Vaccination United Provinces of Agra and Oudh 1902-1913 - 1902-1913
Year: 1902
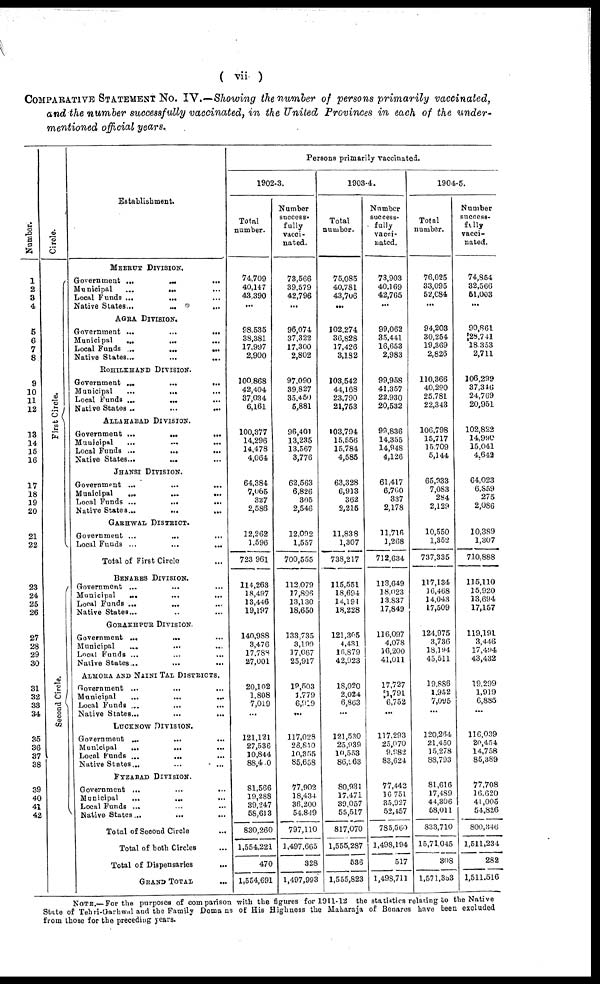
COMPARATIVE STATEMENT No. IV.—Showing the number of persons primarily vaccinated,
and the number successfully vaccinated, in the United Provinces in each of the under¬
mentioned official years.
Number.
1
2
3
4
5
6
7
8
9
10
11
12
13
14
15
16
17
18
19
20
21
22
23
24
25
26
27
28
29
30
31
32
33
34
35
36
37
38
39
40
41
42
Circle.
Fi rst Ci r cl e.
Second Circle.
Establishment.
MEERUT DIVISION.
Government ...
...
...
Municipal
...
... ...
Local Funds ...
... ...
Native States ...
... ...
AGRA DIVISION.
Government ...
...
...
Municipal
...
... ...
Local Funds ...
...
...
Native States ... ... ...
ROHILKHAND DIVISION.
Government ...
...
...
Municipal
...
... ...
Local Funds ...
...
...
Native States
...
...
...
ALLAHABAD DIVISION.
Government ...
...
...
Municipal
...
...
...
Local Funds ...
...
...
Native States...
... ...
JHANSI DIVISION.
Government ... ... ...
Municipal
...
...
...
Local Funds ...
...
...
Native States ...
...
...
GARHWAL DISTRICT.
Government ... ... ...
Local Funds ...
...
...
Total of First Circle ...
BENARES DIVISION.
Government ...
...
...
Municipal
...
...
...
Local Funds ... ... ...
Native States ... ... ...
GORAKHPUR DIVISION.
Government ... ... ...
Municipal
...
... ...
Local Funds ...
...
...
Native States ... ... ...
ALMORA AND NAINI TAL DISTRICTS.
Government ...
... ...
Municipal
...
...
...
Local Funds ... ... ...
Native States ... ... ...
LUCKNOW DIVISION.
Government ...
...
...
Municipal
...
... ...
Local Funds ...
... ...
Native States ... ... ...
FYZABAD DIVISION.
Government ...
...
...
Municipal
...
...
...
Local Funds ... ... ...
Native States ... ... ...
Total of Second Circle ...
Total of both Circles ...
Total of Dispensaries ...
GRAND TOTAL ...
Persons primarily vaccinated.
1902-3.
Total
number.
74,709
40,147
43,390
...
98,535
38,381
17,997
2,900
100,868
42,404
37,034
6,161
100,377
14,296
14,478
4,064
64,384
7,065
327
2,586
12,262
1,596
723,961
114,263
18,497
13,446
19,197
140,988
3,476
17,788
27,001
20,102
1,808
7,019
...
121,121
27,536
10,844
88,4 0
81,566
19,288
39,247
58,613
830,260
1,554,221
470
1,554,691
Number
success¬
fully
vacci-
nated.
73,566
39,579
42,796
...
96,074
37,322
17,300
2,802
97,090
39,827
35,450
5,881
96,401
13,235
13,567
3,776
62,563
6,826
305
2,546
12,092
1,557
700,555
112,079
17,896
13,130
18,650
133,735
3,199
17,067
25,917
19,503
1,779
6,919
...
117,028
26,810
10,355
85,658
77,902
18,434
36,200
54,849
797,110
1,497,665
328
1,497,993
1903-4.
Total
number.
75,085
40,781
43,706
...
102,274
36,828
17,426
3,182
103,542
44,168
23,790
21,753
103,794
15,556
15,784
4,585
63,328
6,913
362
2,215
11,838
1,307
738,217
115,551
18,694
14,191
18,228
121,305
4,431
16,879
42,923
18,020
2,024
6,863
...
121,530
25,939
10,553
86,963
80,931
17,471
39,057
55,517
817,070
1,555,287
536
1,555,823
Number
success¬
fully
vacci-
nated.
73,903
40,169
42,765
...
99,062
35,441
16,653
2,983
99,958
41,357
22,930
20,532
99,836
14,355
14,948
4,126
61,417
6,700
337
2,178
11,716
1,268
712,634
113,649
18,023
13,837
17,849
116,097
4,078
16,200
41,011
17,727
l,791
6,752
...
117,293
25,070
9,982
83,624
77,442
16,751
35,927
52,457
785,560
1,498,194
517
1,498,711
1904-5.
Total
number.
76,025
33,095
52,084
...
94,203
30,254
19,369
2,826
110,366
40,290
25,781
22,343
106,798
15,717
15,709
5,144
65,933
7,083
284
2,129
10,550
1,352
737,335
117,134
16,468
14,043
17,509
124,975
3,736
18,194
45,511
19,886
1,952
7,095
...
120,264
21,450
15,278
88,793
81,616
17,489
44,306
58,011
833,710
15,71,045
308
l,571,353
Number
success-
fully
vacci-
nated.
74,854
32,566
51,003
...
90,861
28,741
18,353
2,711
106,299
37,346
24,769
20,951
102,822
14,990
15,041
4,642
64,023
6,859
275
2,086
10,389
1,307
710,888
115,110
15,920
13,694
17,157
119,191
3,446
17,494
43,432
19,299
1,919
6,885
...
116,039
20,454
14,758
85,389
77,708
16,620
41,005
54,826
800,346
1,511,234
282
1,511,516
NOTE.— For the purposes of comparison with the figures for 1911-12 the statistics relating to the Native
State of Tehri-Garhwal and the Family Domains of His Highness the Maharaja of Benares have been excluded
from those for the preceding years.